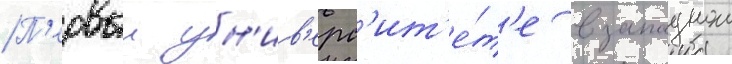
П'ервыи ун'ив'ерс'ит'е́т'е в западнои